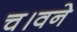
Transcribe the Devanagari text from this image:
च।वने